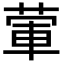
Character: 葷